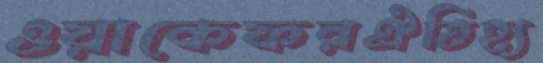
ওয়াকেফরঐতিহ্য